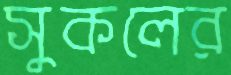
সুকলের